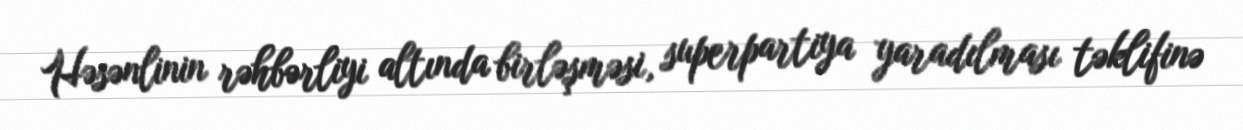
Həsənlinin rəhbərliyi altında birləşməsi, superpartiya yaradılması təklifinə